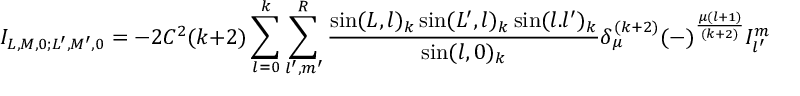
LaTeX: { \cal I } _ { L , M , 0 ; L ^ { \prime } , M ^ { \prime } , 0 } = - 2 C ^ { 2 } ( k + 2 ) \sum _ { l = 0 } ^ { k } \sum _ { l ^ { \prime } , m ^ { \prime } } ^ { R } { \frac { \sin ( L , l ) _ { k } \sin ( L ^ { \prime } , l ) _ { k } \sin ( l . l ^ { \prime } ) _ { k } } { \sin ( l , 0 ) _ { k } } } \delta _ { \mu } ^ { ( k + 2 ) } ( - ) ^ { \frac { \mu ( l + 1 ) } { ( k + 2 ) } } I _ { l ^ { \prime } } ^ { m ^ { \prime } } ( q ) \quad ,